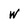
Character: W